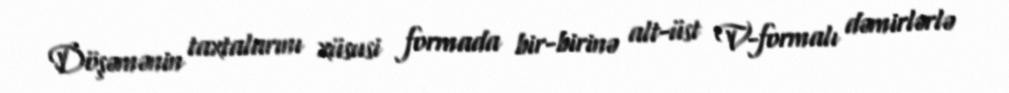
Döşəmənin taxtalarını xüsusi formada bir-birinə alt-üst V-formalı dəmirlərlə